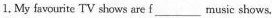
1. My favourite TV shows are f___ music shows.